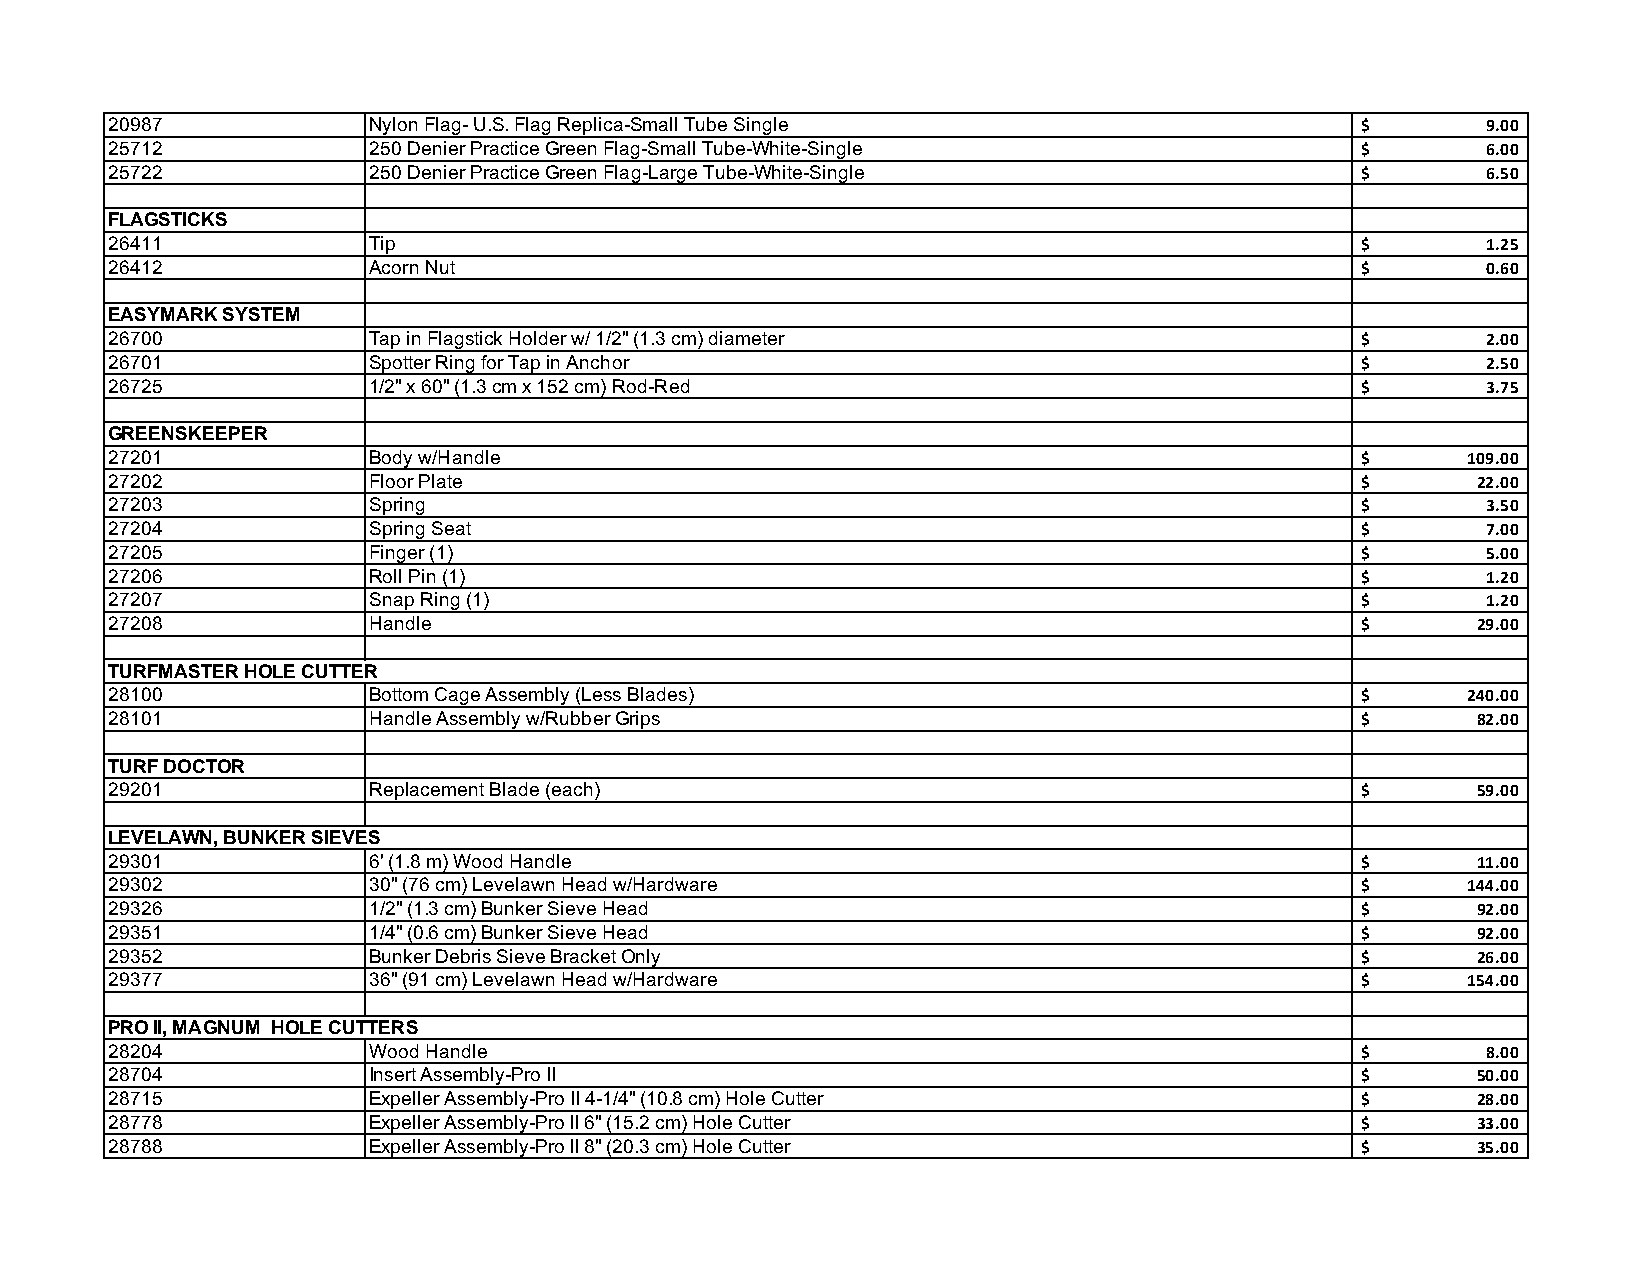
20987            Nylon Flag- U.S. Flag Replica-Small Tube Single                   $       9.00
 25712            250 Denier Practice Green Flag-Small Tube-White-Single            $       6.00
 25722            250 Denier Practice Green Flag-Large Tube-White-Single            $       6.50
 FLAGSTICKS
 26411            Tip                                                               $       1.25
 26412            Acorn Nut                                                         $       0.60
 EASYMARK SYSTEM
 26700            Tap in Flagstick Holder w/ 1/2" (1.3 cm) diameter                 $       2.00
 26701            Spotter Ring for Tap in Anchor                                    $       2.50
 26725            1/2" x 60" (1.3 cm x 152 cm) Rod-Red                              $       3.75
 GREENSKEEPER
 27201            Body w/Handle                                                     $      109.00
 27202            Floor Plate                                                       $       22.00
 27203            Spring                                                            $       3.50
 27204            Spring Seat                                                       $       7.00
 27205            Finger (1)                                                        $       5.00
 27206            Roll Pin (1)                                                      $       1.20
 27207            Snap Ring (1)                                                     $       1.20
 27208            Handle                                                            $       29.00
 TURFMASTER HOLE CUTTER
 28100            Bottom Cage Assembly (Less Blades)                                $      240.00
 28101            Handle Assembly w/Rubber Grips                                    $       82.00
 TURF DOCTOR
 29201            Replacement Blade (each)                                          $       59.00
 LEVELAWN, BUNKER SIEVES
 29301            6' (1.8 m) Wood Handle                                            $       11.00
 29302            30" (76 cm) Levelawn Head w/Hardware                              $      144.00
 29326            1/2" (1.3 cm) Bunker Sieve Head                                   $       92.00
 29351            1/4" (0.6 cm) Bunker Sieve Head                                   $       92.00
 29352            Bunker Debris Sieve Bracket Only                                  $       26.00
 29377            36" (91 cm) Levelawn Head w/Hardware                              $      154.00
 PRO II, MAGNUM HOLE CUTTERS
 28204            Wood Handle                                                       $       8.00
 28704            Insert Assembly-Pro II                                            $       50.00
 28715            Expeller Assembly-Pro II 4-1/4" (10.8 cm) Hole Cutter             $       28.00
 28778            Expeller Assembly-Pro II 6" (15.2 cm) Hole Cutter                 $       33.00
 28788            Expeller Assembly-Pro II 8" (20.3 cm) Hole Cutter                 $       35.00